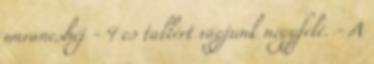
narancshéj - 4 cs tallért vágjunk négyfelé. - A